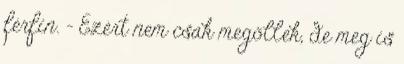
férfin. - Ezért nem csak megöllek, de meg is